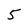
Character: 5